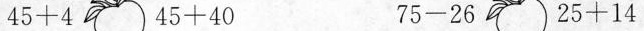
$$45+4$$$$45+40$$$$75-26$$$$25+14$$